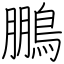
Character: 鵬